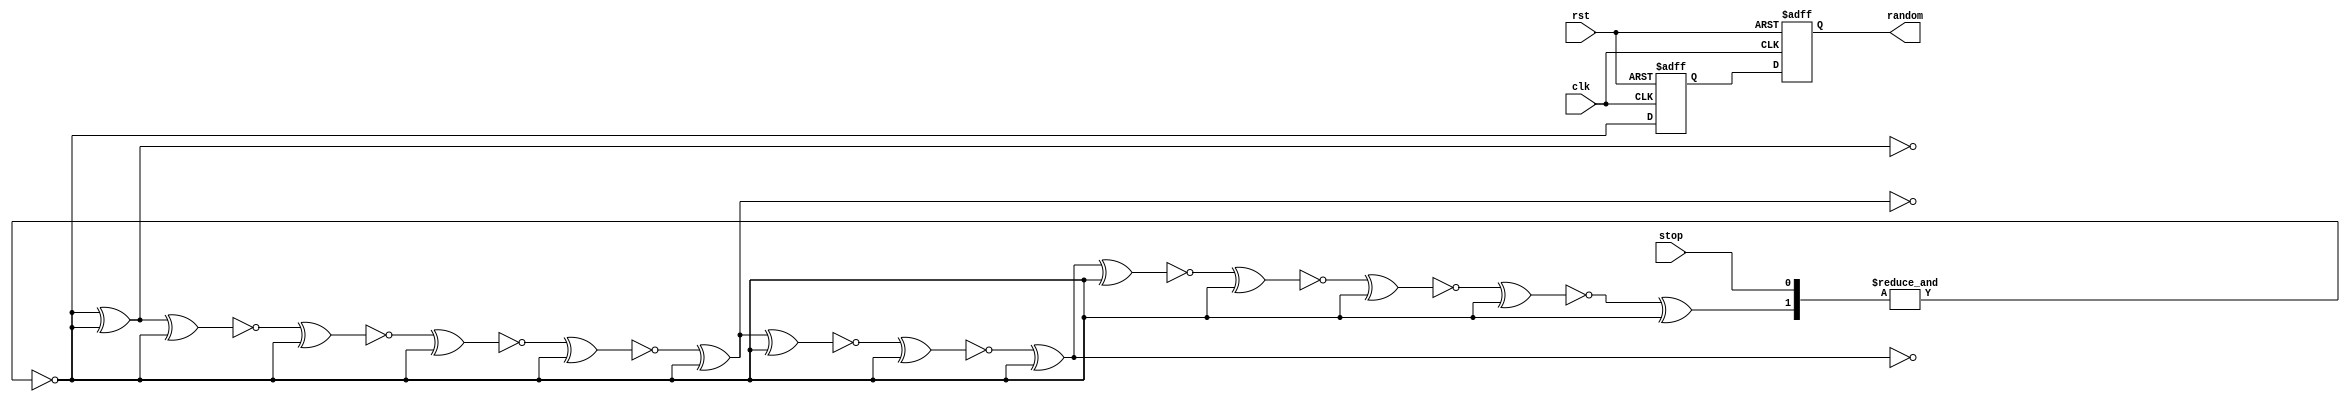
//
// Written by StanOverflow
//   https://stackoverflow.com/questions/14497877/how-to-implement-a-pseudo-hardware-random-number-generator
//
// TRNG
//   A true random number generator.
//   
//   A Galois Ring Oscillators(GARO) which is similar to an LFSR but
//   completely asynchronous and will oscillate chaotically.
//   The output bit will be sampled randomly.
//


module trng (
    input  clk,
    input  rst,
    input  stop,
    output random
);

  (* keep *) wire [31:1] stage;
  reg meta1, meta2;

  assign random = meta2;

  always @(posedge clk or posedge rst)
    if (rst) begin
      meta1 <= 1'b0;
      meta2 <= 1'b0;
    end else begin
      meta1 <= stage[1];
      meta2 <= meta1;
    end

  assign stage[1]  = ~&{stage[2] ^ stage[1], stop};
  assign stage[2]  = !stage[3];
  assign stage[3]  = !stage[4] ^ stage[1];
  assign stage[4]  = !stage[5] ^ stage[1];
  assign stage[5]  = !stage[6] ^ stage[1];
  assign stage[6]  = !stage[7] ^ stage[1];
  assign stage[7]  = !stage[8];
  assign stage[8]  = !stage[9] ^ stage[1];
  assign stage[9]  = !stage[10] ^ stage[1];
  assign stage[10] = !stage[11];
  assign stage[11] = !stage[12];
  assign stage[12] = !stage[13] ^ stage[1];
  assign stage[13] = !stage[14];
  assign stage[14] = !stage[15] ^ stage[1];
  assign stage[15] = !stage[16] ^ stage[1];
  assign stage[16] = !stage[17] ^ stage[1];
  assign stage[17] = !stage[18];
  assign stage[18] = !stage[19];
  assign stage[19] = !stage[20] ^ stage[1];
  assign stage[20] = !stage[21] ^ stage[1];
  assign stage[21] = !stage[22];
  assign stage[22] = !stage[23];
  assign stage[23] = !stage[24];
  assign stage[24] = !stage[25];
  assign stage[25] = !stage[26];
  assign stage[26] = !stage[27] ^ stage[1];
  assign stage[27] = !stage[28];
  assign stage[28] = !stage[29];
  assign stage[29] = !stage[30];
  assign stage[30] = !stage[31];
  assign stage[31] = !stage[1];

endmodule